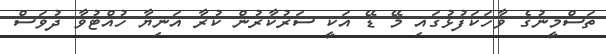
ތަސްމީނުގެ ވާހަކަފުޅުގައި މޭ ޑޭ އަކީ ސަރުކާރުން ކުރާ އަނިޔާ ހުއްޓުވާ ދުވަސް